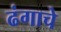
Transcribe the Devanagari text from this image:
ढंगाचे